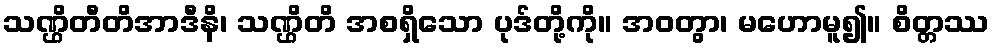
သဏ္ဌိတီတိအာဒီနိ၊ သဏ္ဌိတိ အစရှိသော ပုဒ်တို့ကို။ အဝတွာ၊ မဟောမူ၍။ စိတ္တဿ